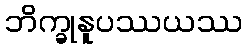
ဘိက္ခုနူပဿယဿ